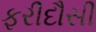
ફરીદૌસી